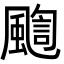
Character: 𩘇